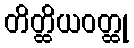
တိတ္ထိယဝတ္ထု